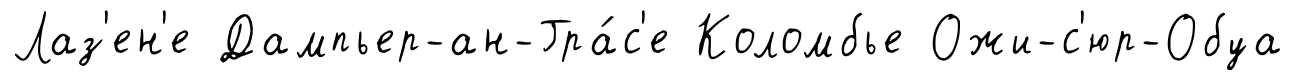
Лаз'ен'е Дампьер-ан-Гра́с'е Коломбье Ожи-с'юр-Обуа